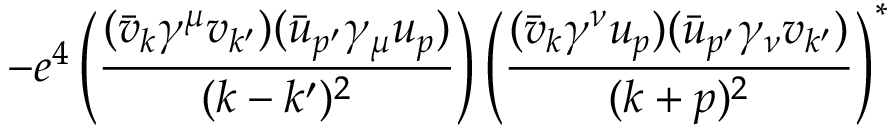
- e ^ { 4 } \left( { \frac { ( { \bar { v } } _ { k } \gamma ^ { \mu } v _ { k ^ { \prime } } ) ( { \bar { u } } _ { p ^ { \prime } } \gamma _ { \mu } u _ { p } ) } { ( k - k ^ { \prime } ) ^ { 2 } } } \right) \left( { \frac { ( { \bar { v } } _ { k } \gamma ^ { \nu } u _ { p } ) ( { \bar { u } } _ { p ^ { \prime } } \gamma _ { \nu } v _ { k ^ { \prime } } ) } { ( k + p ) ^ { 2 } } } \right) ^ { * }